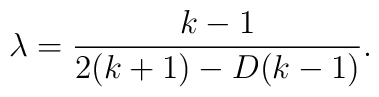
\lambda = \frac{k-1}{2(k+1)-D(k-1)}.